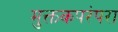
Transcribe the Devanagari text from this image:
मुक्तकपरंपरा